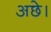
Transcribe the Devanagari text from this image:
अछे।